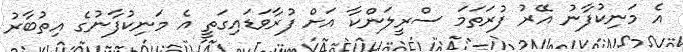
އެ މަނިކުފާނު އޭރު ފުރަތަމަ ސްރީލަންކާ އަށް ފުރާވަޑައިގަތީ އެ މަނިކުފާނުގެ އިތުބާރު